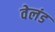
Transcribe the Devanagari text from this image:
वेलंड